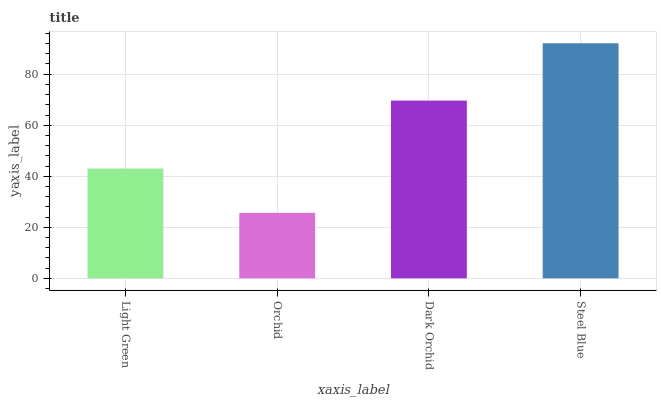
| xaxis_label | bars |
 | --- | --- |
 | Light Green | 43 |
 | Orchid | 25.7 |
 | Dark Orchid | 69.6 |
 | Steel Blue | 92.1 |